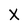
Character: X